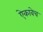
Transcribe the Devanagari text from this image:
ऐकावेच